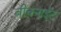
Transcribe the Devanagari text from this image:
वीक्नाईट